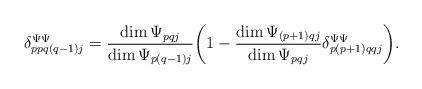
LaTeX: \begin{align*}\delta^{\Psi\Psi}_{ppq(q-1)j} = \frac{\dim \Psi_{pqj}}{\dim \Psi_{p(q-1)j}} \biggl( 1-\frac{\dim \Psi_{(p+1)qj}}{\dim \Psi_{pqj}} \delta^{\Psi\Psi}_{p(p+1)qqj} \biggr).\end{align*}